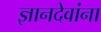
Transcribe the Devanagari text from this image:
ज्ञानदेवांना